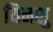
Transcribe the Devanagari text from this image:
यिनशु